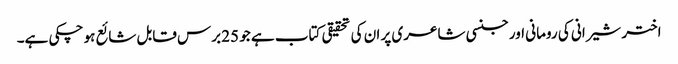
اختر شیرانی کی رومانی اور جنسی شاعری پر ان کی تحقیقی کتاب ہے جو 25 برس قابل شائع ہو چکی ہے۔